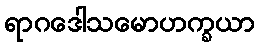
ရာဂဒေါသမောဟက္ခယာ